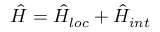
\hat { H } = \hat { H } _ { l o c } + \hat { H } _ { i n t }